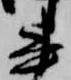
書